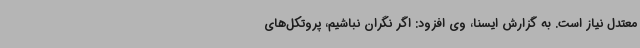
معتدل نیاز است. به گزارش ایسنا، وی افزود: اگر نگران نباشیم، پروتکل‌های